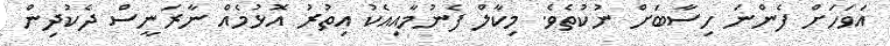
އަވަހަށް ފެންނަ ހިސާބަށް ނުކުތެވެ. މިކާލް ފެނުމާއިއެކު އިތުރު އޮޅުމެއް ނާރަނީސް ދެކުދިން